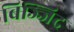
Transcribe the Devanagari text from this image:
बिज्जिद